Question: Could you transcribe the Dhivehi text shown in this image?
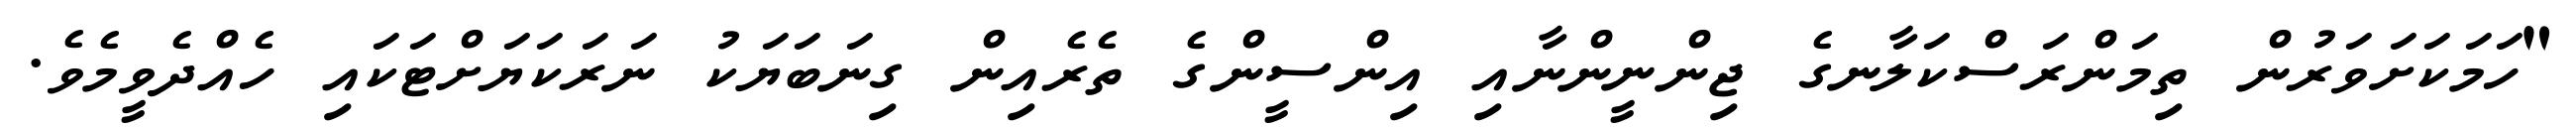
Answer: "ހަމަކަށަވަރުން ތިމަންރަސްކަލާނގެ ޖިންނީންނާއި އިންސީންގެ ތެރެއިން ގިނަބަޔަކު ނަރަކަޔަށްޓަކައި ހެއްދެވީމެވެ.